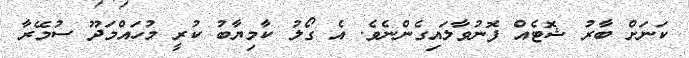
ކަނަށް ބާރު ޝޮޓެއް ފޮނުވާލައިގެންނެވެ. އެ ގޯލު ކާމިޔާބު ކުރީ މުހައްމަދޫ ސުމޭރާ